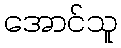
အောင်သူ